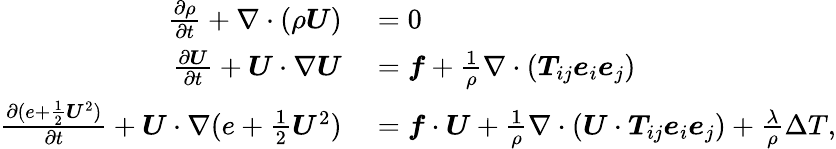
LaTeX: \begin{array}{rl}{\frac{\partial\rho}{\partial t}+\nabla\cdot(\rho\boldsymbol{U})}&{{}=0}\\ {\frac{\partial\boldsymbol{U}}{\partial t}+\boldsymbol{U}\cdot\nabla\boldsymbol{U}}&{{}=\boldsymbol{f}+\frac{1}{\rho}\nabla\cdot(\boldsymbol{T}_{ij}\boldsymbol{e}_{i}\boldsymbol{e}_{j})}\\ {\frac{\partial(e+\frac{1}{2}\boldsymbol{U}^{2})}{\partial t}+\boldsymbol{U}\cdot\nabla(e+\frac{1}{2}\boldsymbol{U}^{2})}&{{}=\boldsymbol{f}\cdot\boldsymbol{U}+\frac{1}{\rho}\nabla\cdot(\boldsymbol{U}\cdot\boldsymbol{T}_{ij}\boldsymbol{e}_{i}\boldsymbol{e}_{j})+\frac{\lambda}{\rho}\Delta T,}\end{array}